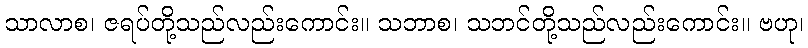
သာလာစ၊ ဇရပ်တို့သည်လည်းကောင်း။ သဘာစ၊ သဘင်တို့သည်လည်းကောင်း။ ဗဟု၊